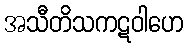
အသီတိသကဋဝါဟေ